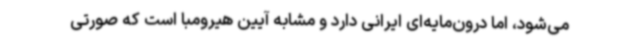
می‌شود، اما درون‌مایه‌ای ایرانی دارد و مشابه آیین هیرومبا است که صورتی